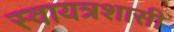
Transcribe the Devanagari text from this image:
स्वायत्रशासी